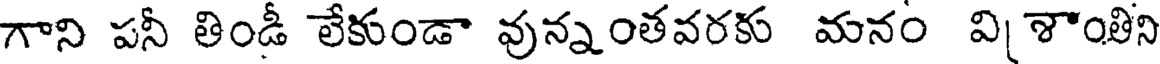
గాని పనీ తిండీ లేకుండా వున్నంతవరకు మనం వి శాంతిని